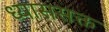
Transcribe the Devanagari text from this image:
ध्याससक्त